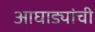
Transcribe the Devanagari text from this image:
आघाड्यांची